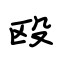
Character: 殴